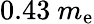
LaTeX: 0.43~m_{\mathrm{e}}